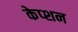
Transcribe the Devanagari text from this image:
केप्‍शन